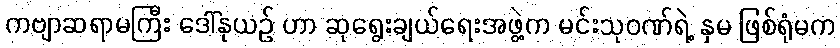
ကဗျာဆရာမကြီး ဒေါ်နုယဉ် ဟာ ဆုရွေးချယ်ရေးအဖွဲ့က မင်းသုဝဏ်ရဲ့ နှမ ဖြစ်ရုံမက